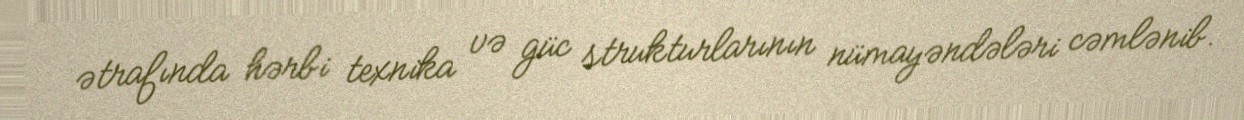
ətrafında hərbi texnika və güc strukturlarının nümayəndələri cəmlənib.